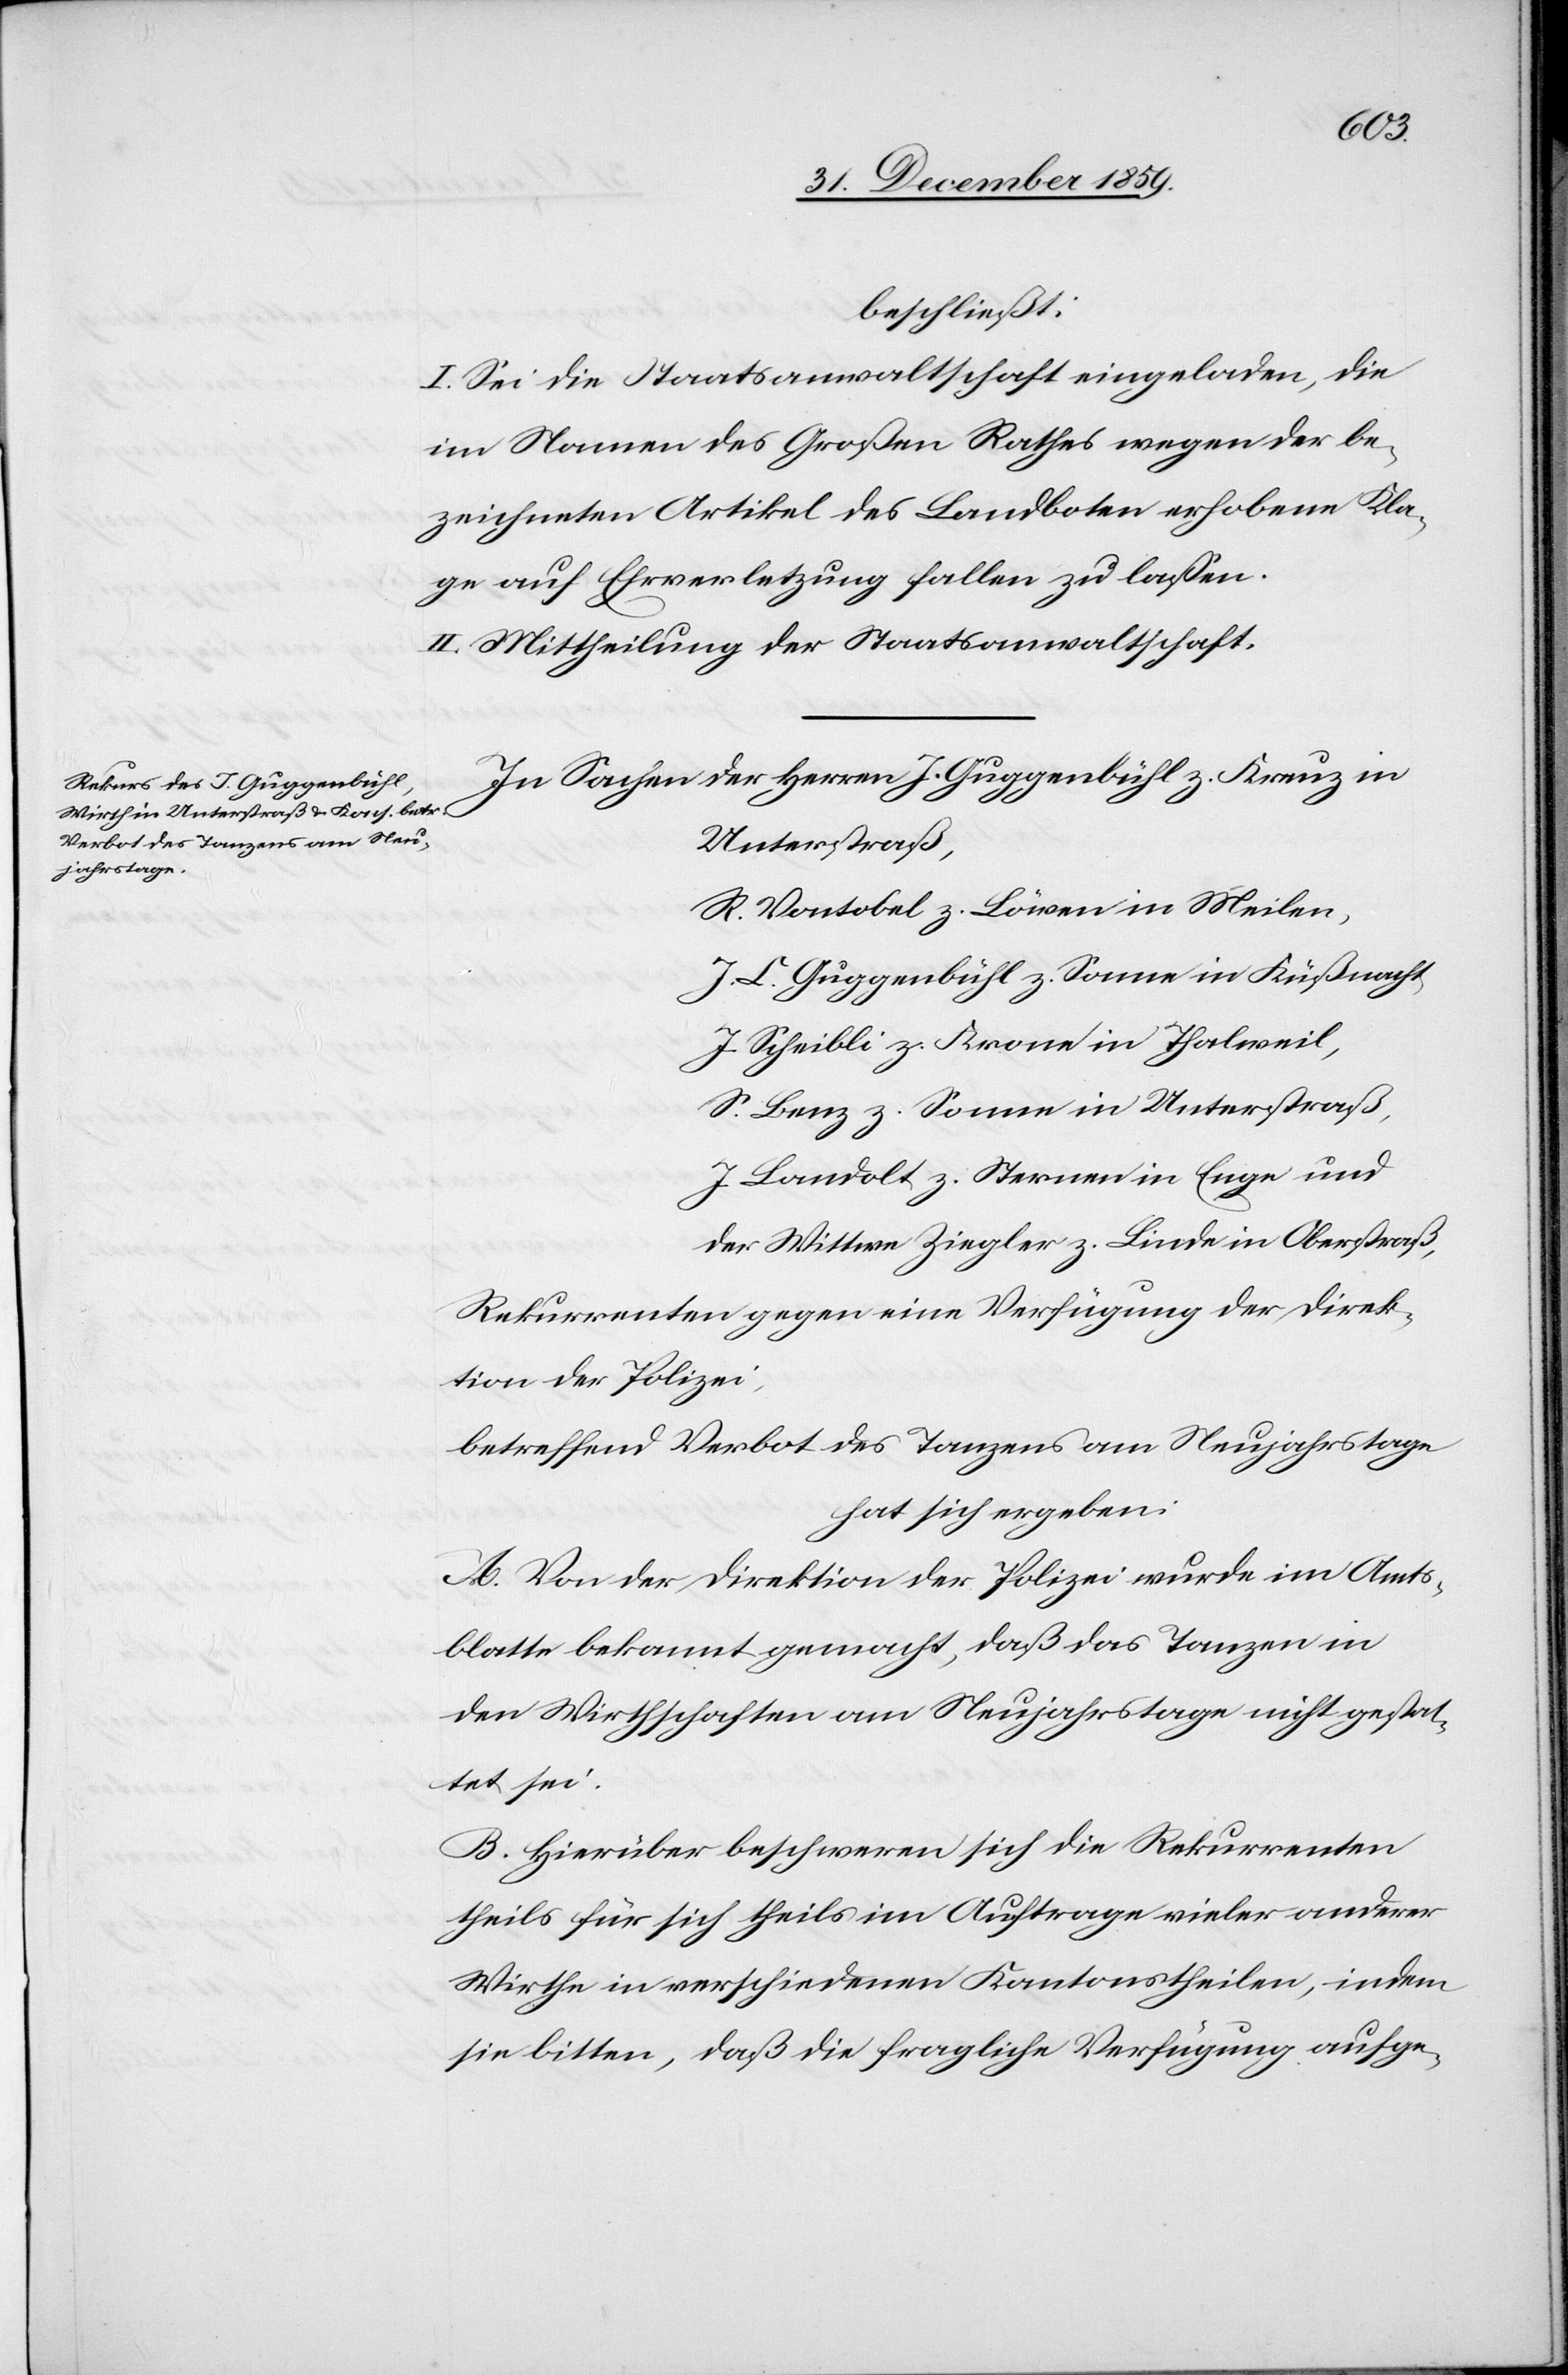
beschließt:
I. Sei die Staatsanwaltschaft eingeladen, die
im Namen des Großen Rathes wegen der be¬
zeichneten Artikel des Landboten erhobene Kla¬
ge auf Ehrverletzung fallen zu lassen.
II. Mittheilung der Staatsanwaltschaft.
In Sachen der HerrenJ. Guggenbühl z. Kreuz in
Unterstraß,
R. Vontobel z. Löwen in Meilen,
J. C. Guggenbühl z. Sonne in Küßnacht,
J. Scheibli z. Krone in Thalweil,
S. Benz z. Sonne in Unterstraß,
J. Landolt z. Sternen in Enge und
der Wittwe Ziegler z. Linde in Oberstraß,
Rekurrenten gegen eine Verfügung der Direk¬
tion der Polizei,
betreffend Verbot des Tanzens am Neujahrstage
hat sich ergeben:
A. Von der Direktion der Polizei wurde im Amts¬
blatte bekannt gemacht, daß das Tanzen in
den Wirthschaften am Neujahrstage nicht gestat¬
tet sei.
B. Hierüber beschweren sich die Rekurrenten
theils für sich theils im Auftrage vieler anderer
Wirthe in verschiedenen Kantonstheilen, indem
sie bitten, daß die fragliche Verfügung aufge-